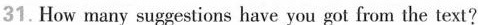
31. How many suggestions have you got from the text?